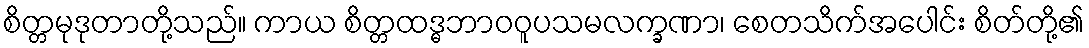
စိတ္တမုဒုတာတို့သည်။ ကာယ စိတ္တထဒ္ဓဘာဝဝူပသမလက္ခဏာ၊ စေတသိက်အပေါင်း စိတ်တို့၏